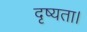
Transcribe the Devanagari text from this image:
दृष्यता।